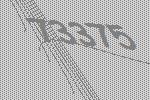
73375